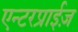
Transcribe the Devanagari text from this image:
एन्टरप्राईज़